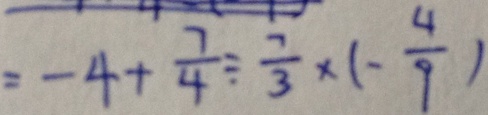
= - 4 + \frac { 7 } { 4 } \div \frac { 7 } { 3 } \times ( - \frac { 4 } { 9 } )